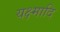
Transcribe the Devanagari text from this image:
यक्ष्मादि